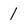
Character: 1